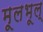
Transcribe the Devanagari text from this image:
मूलभूल्